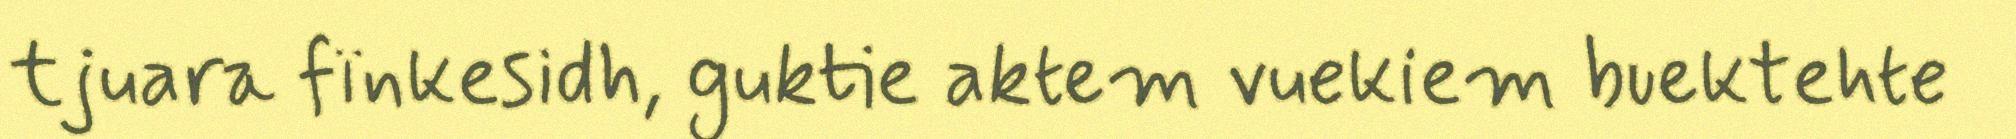
tjuara fïnkesidh, guktie aktem vuekiem buektehte